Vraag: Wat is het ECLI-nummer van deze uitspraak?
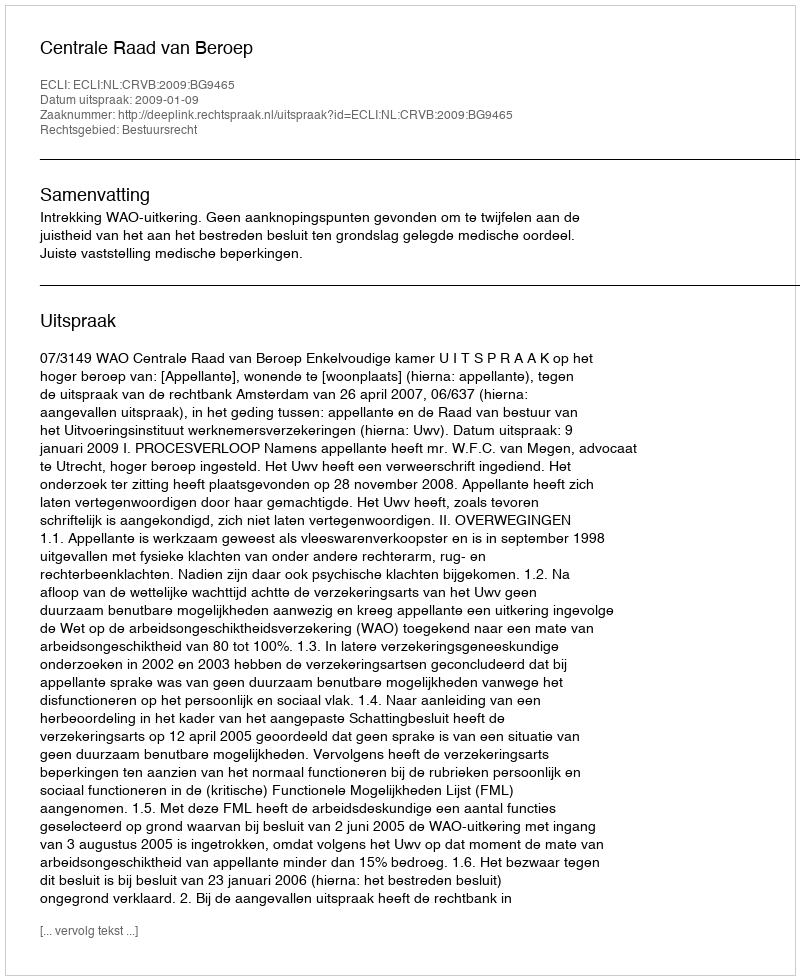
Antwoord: ECLI:NL:CRVB:2009:BG9465